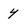
Character: y